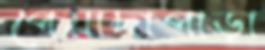
পেয়াদাপাড়া